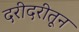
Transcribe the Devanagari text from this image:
दरीदरीतून